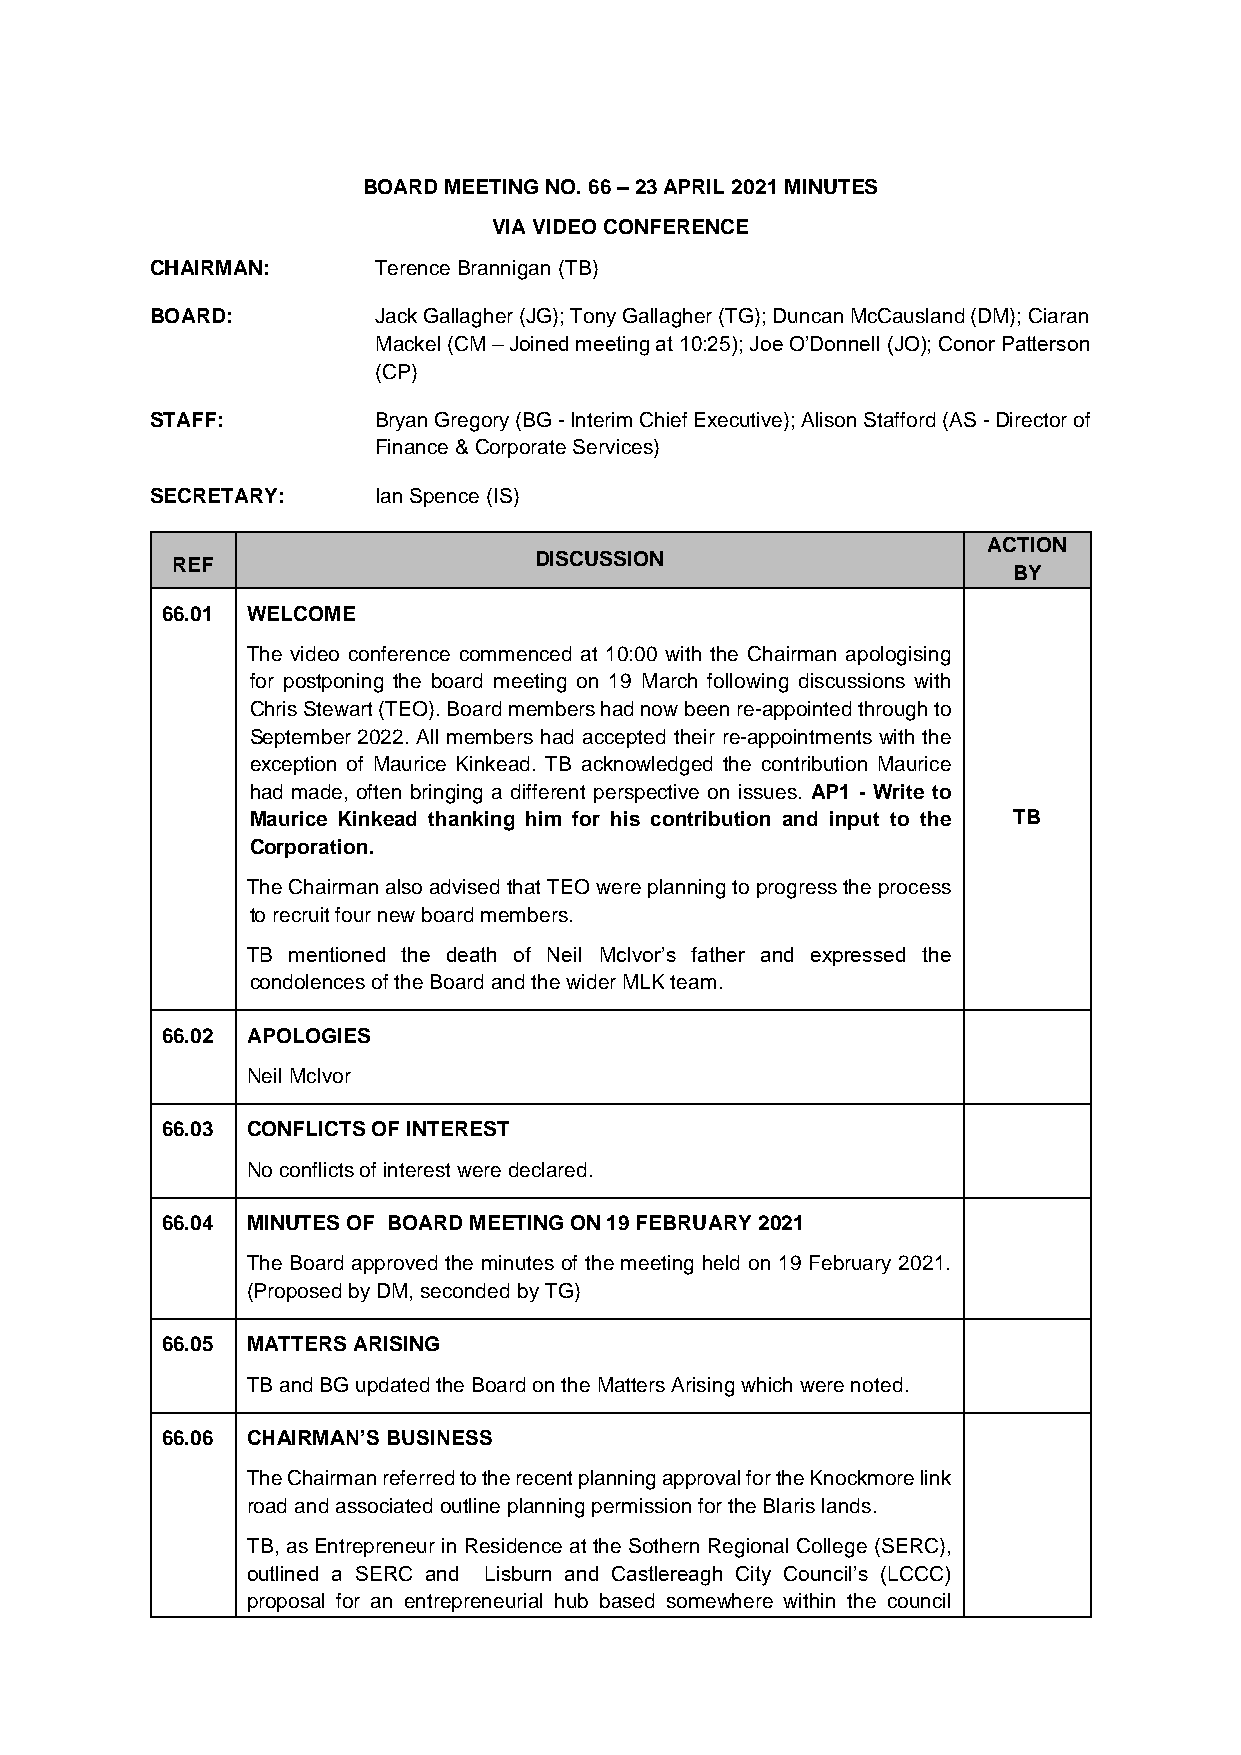
BOARD MEETING NO. 66 – 23 APRIL 2021 MINUTES
 VIA VIDEO CONFERENCE
 CHAIRMAN:      Terence Brannigan (TB)
 BOARD:         Jack Gallagher (JG); Tony Gallagher (TG); Duncan McCausland (DM); Ciaran
 Mackel (CM – Joined meeting at 10:25); Joe O’Donnell (JO); Conor Patterson
 (CP)
 STAFF:         Bryan Gregory (BG - Interim Chief Executive); Alison Stafford (AS - Director of
 Finance & Corporate Services)
 SECRETARY:     Ian Spence (IS)
 ACTION
 REF                     DISCUSSION
 BY
 66.01 WELCOME
 The video conference commenced at 10:00 with the Chairman apologising
 for postponing the board meeting on 19 March following discussions with
 Chris Stewart (TEO). Board members had now been re-appointed through to
 September 2022. All members had accepted their re-appointments with the
 exception of Maurice Kinkead. TB acknowledged the contribution Maurice
 had made, often bringing a different perspective on issues. AP1 - Write to
 Maurice Kinkead thanking him for his contribution and input to the TB
 Corporation.
 The Chairman also advised that TEO were planning to progress the process
 to recruit four new board members.
 TB mentioned the death of Neil McIvor’s father and expressed the
 condolences of the Board and the wider MLK team.
 66.02 APOLOGIES
 Neil McIvor
 66.03 CONFLICTS OF INTEREST
 No conflicts of interest were declared.
 66.04 MINUTES OF BOARD MEETING ON 19 FEBRUARY 2021
 The Board approved the minutes of the meeting held on 19 February 2021.
 (Proposed by DM, seconded by TG)
 66.05 MATTERS ARISING
 TB and BG updated the Board on the Matters Arising which were noted.
 66.06 CHAIRMAN’S BUSINESS
 The Chairman referred to the recent planning approval for the Knockmore link
 road and associated outline planning permission for the Blaris lands.
 TB, as Entrepreneur in Residence at the Sothern Regional College (SERC),
 outlined a SERC and Lisburn and Castlereagh City Council’s (LCCC)
 proposal for an entrepreneurial hub based somewhere within the council